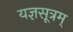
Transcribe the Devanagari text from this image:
यज्ञसूत्रम्